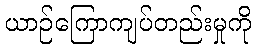
ယာဉ်ကြောကျပ်တည်းမှုကို